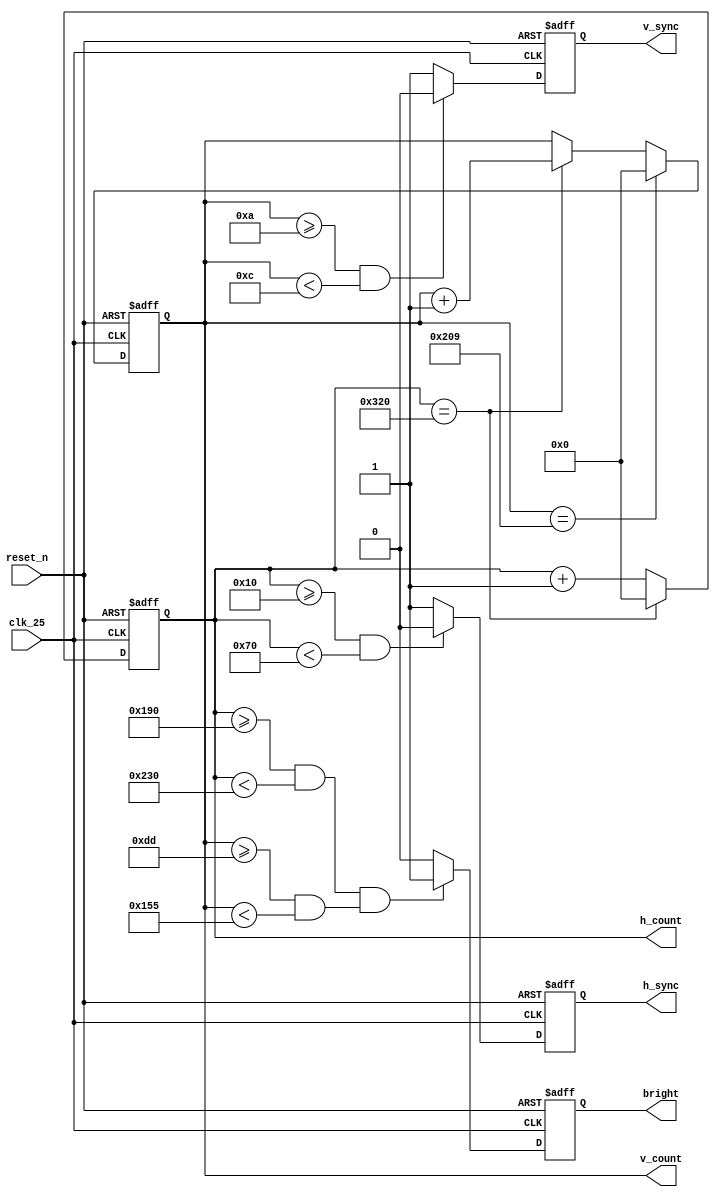
/* -----------------------------------------
  VGA Control Unit
----------------------------------------- */
module vga_control
(
  // Input
  input             reset_n,
  input             clk_25,
  // Output
  output reg        h_sync,
  output reg        v_sync,
  output reg  [9:0] h_count,
  output reg  [9:0] v_count,
  output reg        bright
);

  /* -----------------------------------------
    Behavioural
  ----------------------------------------- */
  always @ (posedge clk_25 or negedge reset_n) begin
    if (~reset_n) begin
      h_sync <= 1;
      v_sync <= 1;
      h_count = 0;
      v_count = 0;
      bright <= 0;
    end else begin

      // Horisontal counter
      if (h_count == 800) begin
        h_count <= 0;
        v_count <= v_count + 1;
      end else
        h_count <= h_count + 1;

      // Vertical counter
      if (v_count == 521)
        v_count <= 0;

      // Generate horisontal syncronization pulse
      if (h_count >= 16 && h_count < (16 + 96))
        h_sync <= 0;
      else
        h_sync <= 1;

      // Generate vertical syncronization pulse
      if (v_count >= 10 && v_count < (10 + 2))
        v_sync <= 0;
      else
        v_sync <= 1;

      // Generate bright signal IMPORTANT! modified for 160x120
      if ((h_count >= (16 + 96 + 48 + 240) && h_count < (800 - 240)) && (v_count >= (10 + 2 + 29 + 180) && v_count < (521 - 180)))
        bright <= 1;
      else
        bright <= 0;
    end
  end

endmodule